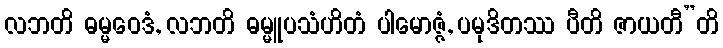
လဘတိ ဓမ္မဝေဒံ, လဘတိ ဓမ္မူပသံဟိတံ ပါမောဇ္ဇံ, ပမုဒိတဿ ပီတိ ဇာယတီ”တိ